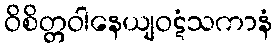
ဝိစိတ္တဝါနေယျဝဋံသကာနံ